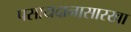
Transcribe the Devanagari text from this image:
पसायदानासारखा